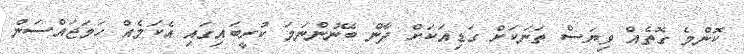
ކޮންމެ ގޮތެއް ވިޔަސް ތަނަކަށް ގަޑިއަކަށް ދާން ބޭނުންނަމަ ކުރީބައިގައި އެކަމެއް ހަމަޖައްސަން